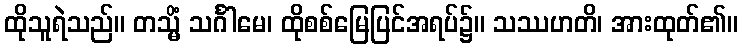
ထိုသူရဲသည်။ တသ္မိံ သင်္ဂါမေ၊ ထိုစစ်မြေပြင်အရပ်၌။ သဿဟတိ၊ အားထုတ်၏။